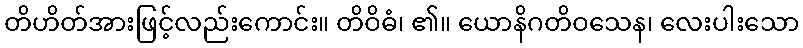
တိဟိတ်အားဖြင့်လည်းကောင်း။ တိဝိဓံ၊ ၏။ ယောနိဂတိဝသေန၊ လေးပါးသော